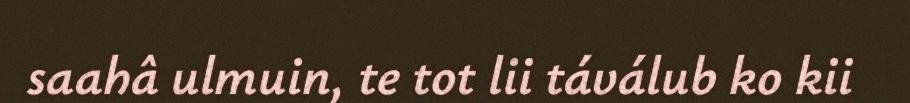
saahâ ulmuin, te tot lii táválub ko kii